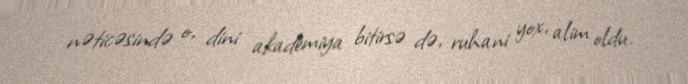
nəticəsində o, dini akademiya bitirsə də, ruhani yox, alim oldu.